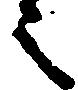
之